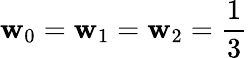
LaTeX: \mathbf{w}_{0}=\mathbf{w}_{1}=\mathbf{w}_{2}=\frac{1}{3}